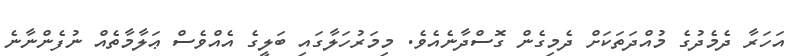
އަހަރާ ދެމެދުގެ މުއްދަތަކަށް ދެމިގެން ގޮސްދާނެއެވެ. މިމަރުހަލާގައި ބަލީގެ އެއްވެސް ޢަލާމާތެއް ނުފެންނާނެ